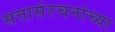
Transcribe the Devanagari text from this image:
सत्तासंरचनांच्या